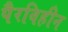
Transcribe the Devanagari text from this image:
पैरविहीन